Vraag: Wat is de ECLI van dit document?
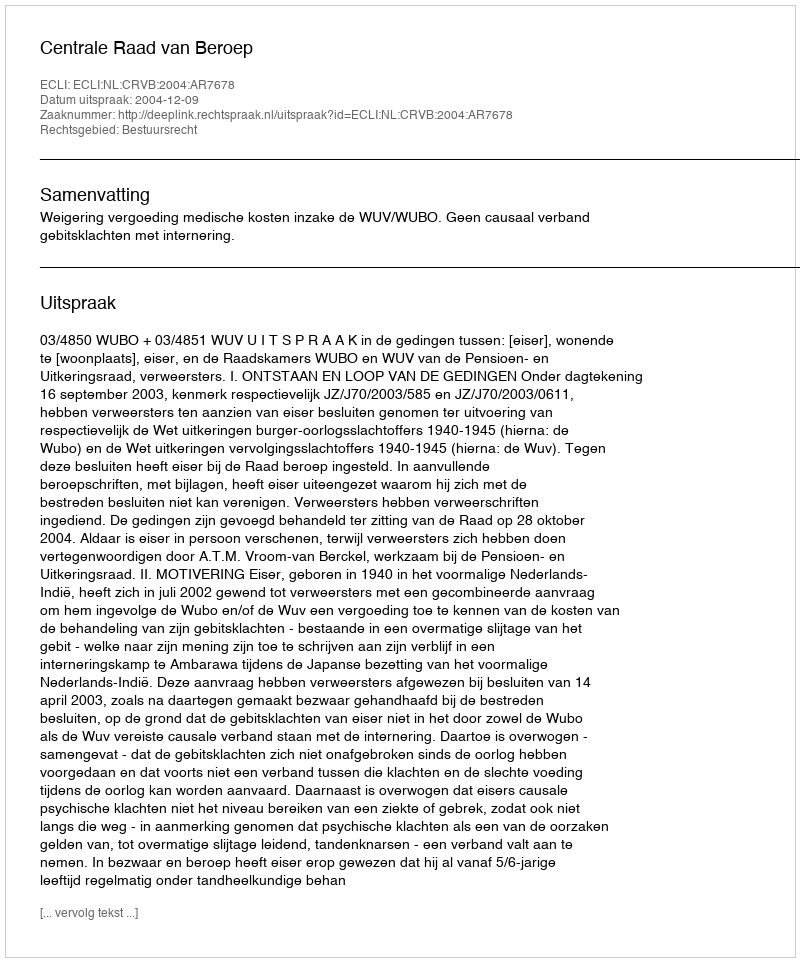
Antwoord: ECLI:NL:CRVB:2004:AR7678